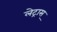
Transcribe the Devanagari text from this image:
लेट्रास्